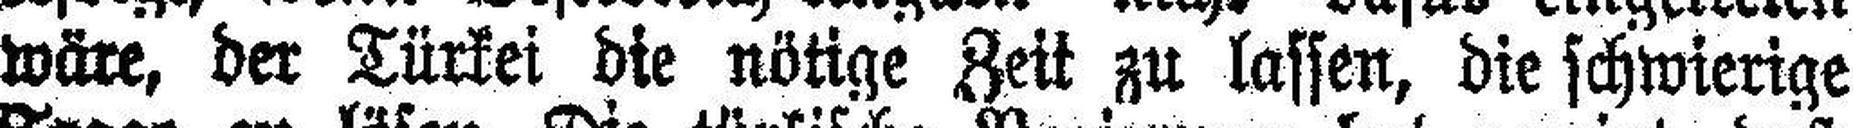
wäre, der Türkei die nötige Zeit zu lassen, die schwierige